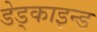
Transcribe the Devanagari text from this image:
डेड्काइन्ड